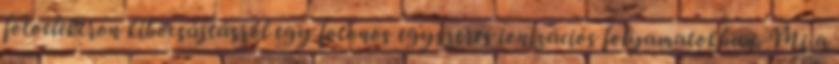
fotoelektron kibocsájtásról egy fotonos egyszeres ionizációs folyamatokban. Mi a